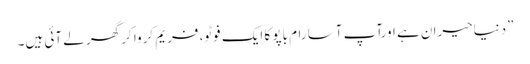
”دنیاحیران ہے اورآپ آسا رام باپو کا ایک فوٹو، فریم کروا کر گھر لے آئی ہیں۔